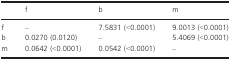
<table><thead><tr><td></td><td><b>f</b></td><td><b>b</b></td><td><b>m</b></td></tr></thead><tbody><tr><td>f</td><td>–</td><td>7.5831 (&lt;0.0001)</td><td>9.0013 (&lt;0.0001)</td></tr><tr><td>b</td><td>0.0270 (0.0120)</td><td>–</td><td>5.4069 (&lt;0.0001)</td></tr><tr><td>m</td><td>0.0642 (&lt;0.0001)</td><td>0.0542 (&lt;0.0001)</td><td>–</td></tr></tbody></table>